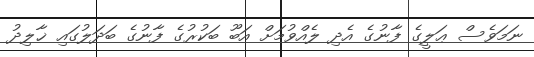
ނަމަވެސް ޢަލީގެ ފާނުގެ އެދި ލެއްވުމަށް އަބޫ ބަކުރުގެ ފާނުގެ ބަދަލުގައި ޚާލިދު